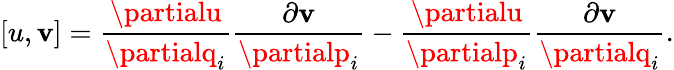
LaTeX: [u,\mathbf{v}]={\frac{{\partialu}}{{\partialq_{i}}}}{\frac{{\partial\mathbf{v}}}{{\partialp_{i}}}}-{\frac{{\partialu}}{{\partialp_{i}}}}{\frac{{\partial\mathbf{v}}}{{\partialq_{i}}}}.